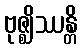
ဗုဇ္ဈိဿန္တိ